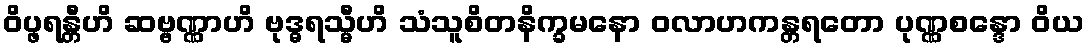
ဝိပ္ဖရန္တီဟိ ဆဗ္ဗဏ္ဏာဟိ ဗုဒ္ဓရသ္မီဟိ သံသူစိတနိက္ခမနော ဝလာဟကန္တရတော ပုဏ္ဏစန္ဒော ဝိယ